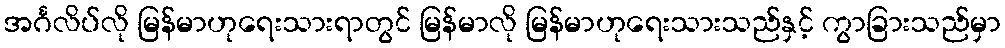
အင်္ဂလိပ်လို မြန်မာဟုရေးသားရာတွင် မြန်မာလို မြန်မာဟုရေးသားသည်နှင့် ကွာခြားသည်မှာ